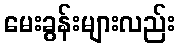
မေးခွန်းများလည်း